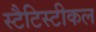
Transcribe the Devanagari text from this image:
स्टैटिस्टीकल